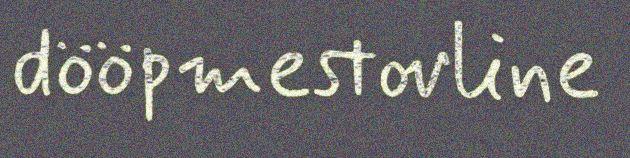
dööpmestovline